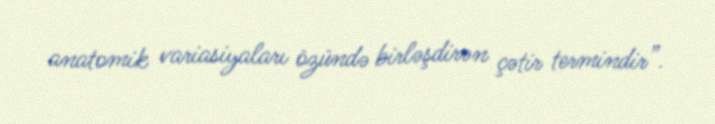
anatomik variasiyaları özündə birləşdirən çətir termindir”.